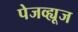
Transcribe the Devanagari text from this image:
पेजव्ह्यूज